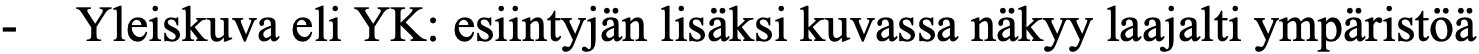
- Yleiskuva eli YK: esiintyjän lisäksi kuvassa näkyy laajalti ympäristöä